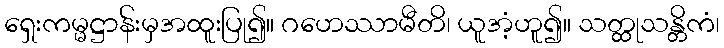
ရှေးကမ္မဋ္ဌာန်းမှအထူးပြု၍။ ဂဟေဿာမီတိ၊ ယူအံ့ဟူ၍။ သတ္ထုသန္တိကံ၊